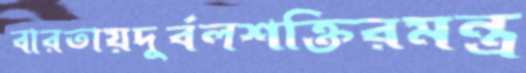
বারতায়দুর্বলশক্তিরমন্ত্র